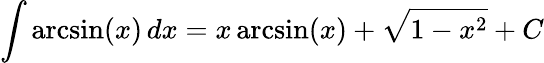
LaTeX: \int\arcsin(x)\, dx=x\arcsin(x)+{\sqrt{1-x^{2}}}+C